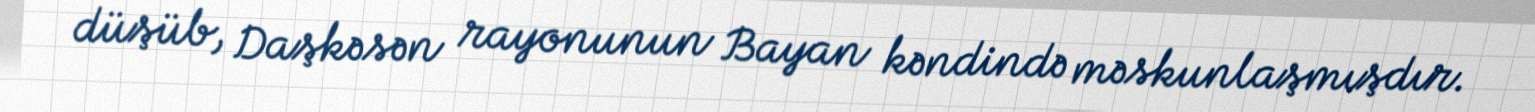
düşüb, Daşkəsən rayonunun Bayan kəndində məskunlaşmışdır.